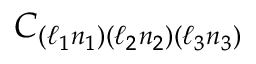
C _ { ( \ell _ { 1 } n _ { 1 } ) ( \ell _ { 2 } n _ { 2 } ) ( \ell _ { 3 } n _ { 3 } ) }